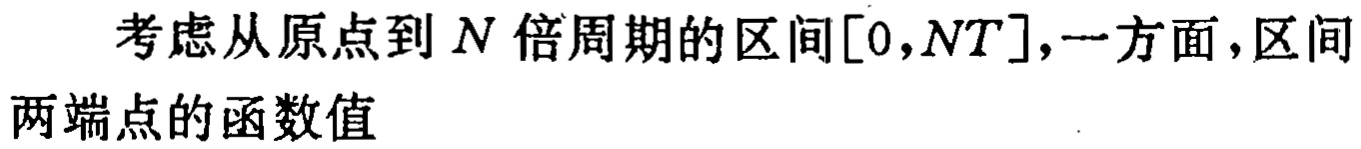
考虑从原点到 \(N\) 倍周期的区间\([0,NT]\)，一方面，区间两端点的函数值